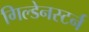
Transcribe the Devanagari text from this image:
गिल्डेनस्टर्न